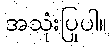
အသုံးပြုပါ။